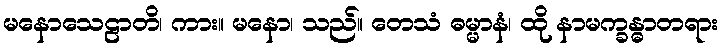
မနောသေဠာတိ၊ ကား။ မနော၊ သည်။ တေသံ ဓမ္မာနံ၊ ထို နာမက္ခန္ဓာတရား